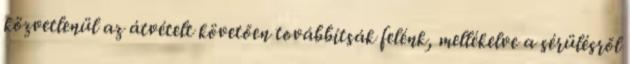
közvetlenül az átvételt követően továbbítsák felénk, mellékelve a sérülésről